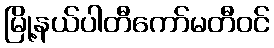
မြို့နယ်ပါတီကော်မတီဝင်